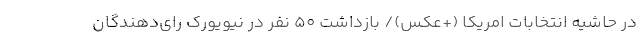
در حاشیه انتخابات امریکا (+عکس)/ بازداشت 50 نفر در نیویورک رای‌دهندگان